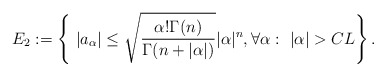
\begin{align*}E_2:=\left\{\ |a_\alpha|\leq \sqrt{\frac{\alpha!\Gamma(n)}{\Gamma(n+|\alpha|)}}|\alpha|^n,\forall \alpha: \ |\alpha|>CL\right\}.\end{align*}